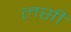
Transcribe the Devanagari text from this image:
लसीं